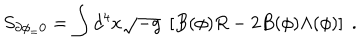
S _ { \partial \phi _ { = } 0 } = \int d ^ { 4 } x \sqrt { - g } \; \left[ B ( \phi ) R - 2 B ( \phi ) \Lambda ( \phi ) \right] \; .